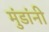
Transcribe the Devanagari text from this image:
मुंडांनी